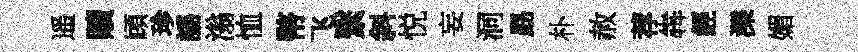
遥贖頋珍謡滃恤幣飞繄斜悦妄洞勗朴赦荐犇經濼媚